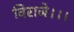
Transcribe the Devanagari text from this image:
विराजे।।।